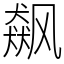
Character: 飙